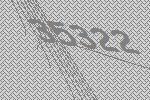
35322